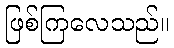
ဖြစ်ကြလေသည်။